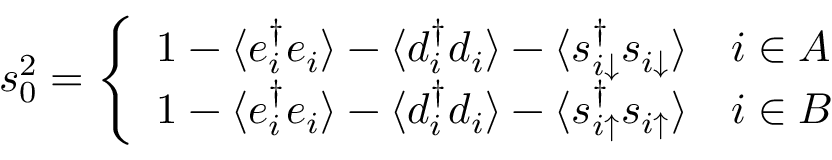
\begin{array} { r } { s _ { 0 } ^ { 2 } = \left\{ \begin{array} { l l } { 1 - \langle e _ { i } ^ { \dagger } e _ { i } \rangle - \langle d _ { i } ^ { \dagger } d _ { i } \rangle - \langle s _ { i \downarrow } ^ { \dagger } s _ { i \downarrow } \rangle } & { i \in A } \\ { 1 - \langle e _ { i } ^ { \dagger } e _ { i } \rangle - \langle d _ { i } ^ { \dagger } d _ { i } \rangle - \langle s _ { i \uparrow } ^ { \dagger } s _ { i \uparrow } \rangle } & { i \in B } \end{array} \right. } \end{array}